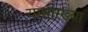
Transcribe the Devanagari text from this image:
यासांरख्या